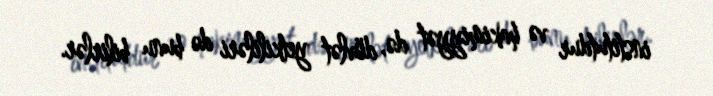
institutdur və hakimiyyət də, dövlət yetkililəri də bunu bilirlər.